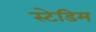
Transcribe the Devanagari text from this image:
स्टेडिम